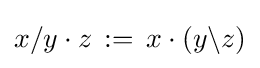
x/y\cdot z\,:=\,x\cdot (y\backslash z)